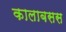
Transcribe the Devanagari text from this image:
कालाबसस